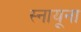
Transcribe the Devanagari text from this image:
स्नायूना